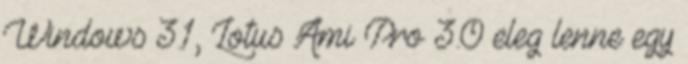
Windows 3.1, Lotus Ami Pro 3.0 eleg lenne egy